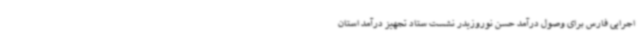
اجرایی فارس برای وصول درآمد حسن نوروزیدر نشست ستاد تجهیز درآمد استان